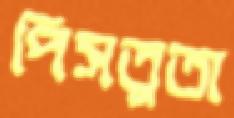
পিসতুতা